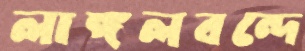
লাঙ্গলবন্দে